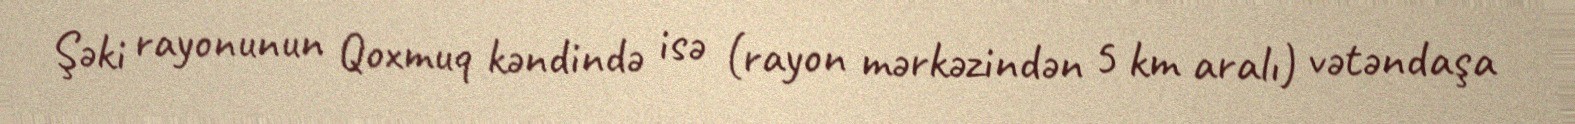
Şəki rayonunun Qoxmuq kəndində isə (rayon mərkəzindən 5 km aralı) vətəndaşa